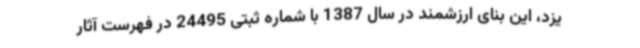
یزد، این بنای ارزشمند در سال 1387 با شماره ثبتی 24495 در فهرست آثار